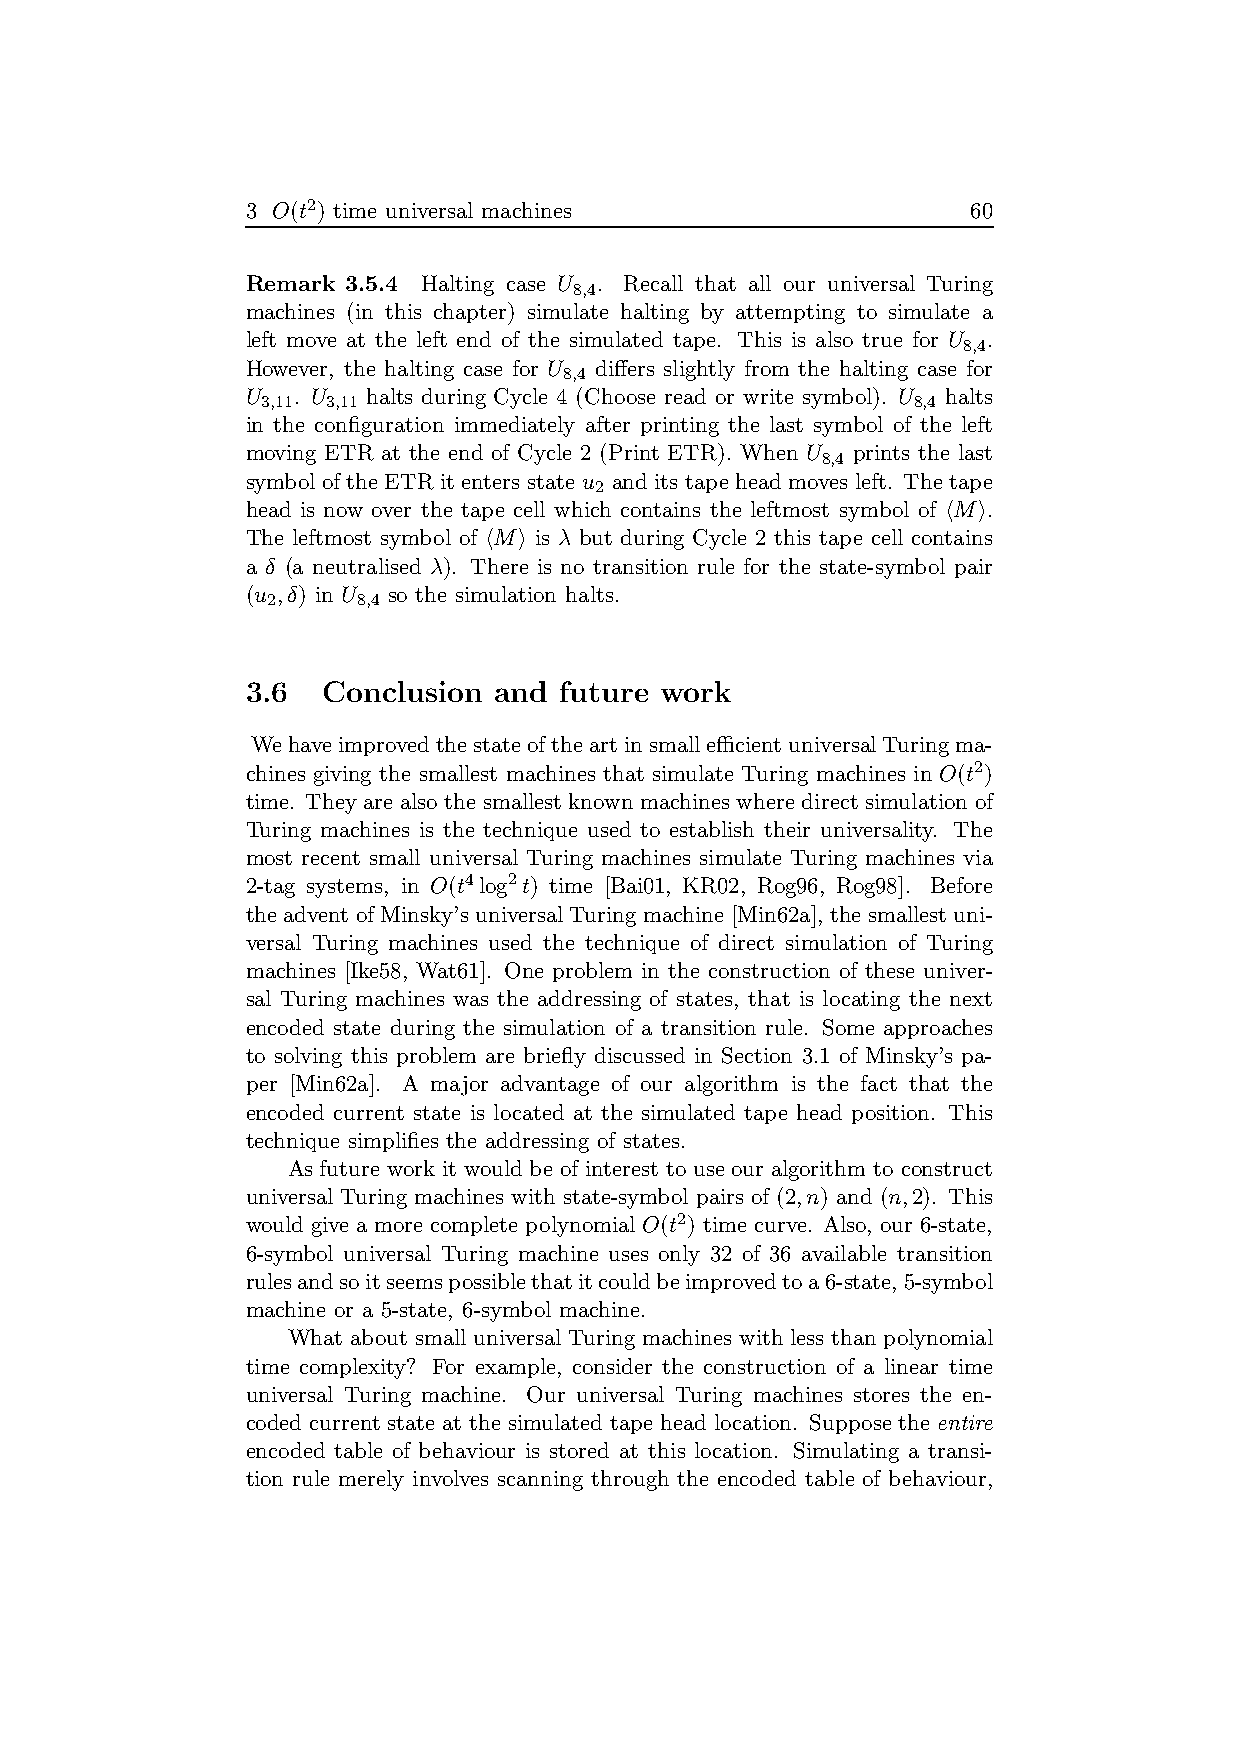
3 O(t2) time universal machines                 60
 Remark 3.5.4 Halting case U . Recall that all our universal Turing
 8,4
 machines (in this chapter) simulate halting by attempting to simulate a
 left move at the left end of the simulated tape. This is also true for U .
 8,4
 However, the halting case for U differs slightly from the halting case for
 8,4
 U  . U  halts during Cycle 4 (Choose read or write symbol). U halts
 3,11 3,11                                  8,4
 in the configuration immediately after printing the last symbol of the left
 moving ETR at the end of Cycle 2 (Print ETR). When U prints the last
 8,4
 symbol of the ETR it enters state u and its tape head moves left. Thetape
 2
 head is now over the tape cell which contains the leftmost symbol of hMi.
 The leftmost symbol of hMi is λ but during Cycle 2 this tape cell contains
 a δ (a neutralised λ). There is no transition rule for the state-symbol pair
 (u ,δ) in U so the simulation halts.
 2     8,4
 3.6  Conclusion  and future work
 WehaveimprovedthestateoftheartinsmallefficientuniversalTuringma-
 chines giving the smallest machines that simulate Turing machines in O(t2)
 time. They are also the smallest known machines where direct simulation of
 Turing machines is the technique used to establish their universality. The
 most recent small universal Turing machines simulate Turing machines via
 2-tag systems, in O(t4log2t) time [Bai01, KR02, Rog96, Rog98]. Before
 theadvent of Minsky’s universalTuringmachine [Min62a], the smallest uni-
 versal Turing machines used the technique of direct simulation of Turing
 machines [Ike58, Wat61]. One problem in the construction of these univer-
 sal Turing machines was the addressing of states, that is locating the next
 encoded state during the simulation of a transition rule. Some approaches
 to solving this problem are briefly discussed in Section 3.1 of Minsky’s pa-
 per [Min62a]. A major advantage of our algorithm is the fact that the
 encoded current state is located at the simulated tape head position. This
 technique simplifies the addressing of states.
 As future work it would be of interest to use our algorithm to construct
 universal Turing machines with state-symbol pairs of (2,n) and (n,2). This
 would give a more complete polynomial O(t2) time curve. Also, our 6-state,
 6-symbol universal Turing machine uses only 32 of 36 available transition
 rulesandsoitseemspossiblethatitcouldbeimprovedtoa6-state,5-symbol
 machine or a 5-state, 6-symbol machine.
 What about small universal Turing machines with less than polynomial
 time complexity? For example, consider the construction of a linear time
 universal Turing machine. Our universal Turing machines stores the en-
 coded current state at the simulated tape head location. Suppose the entire
 encoded table of behaviour is stored at this location. Simulating a transi-
 tion rule merely involves scanning through the encoded table of behaviour,